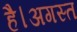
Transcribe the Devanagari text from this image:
है।अगस्त